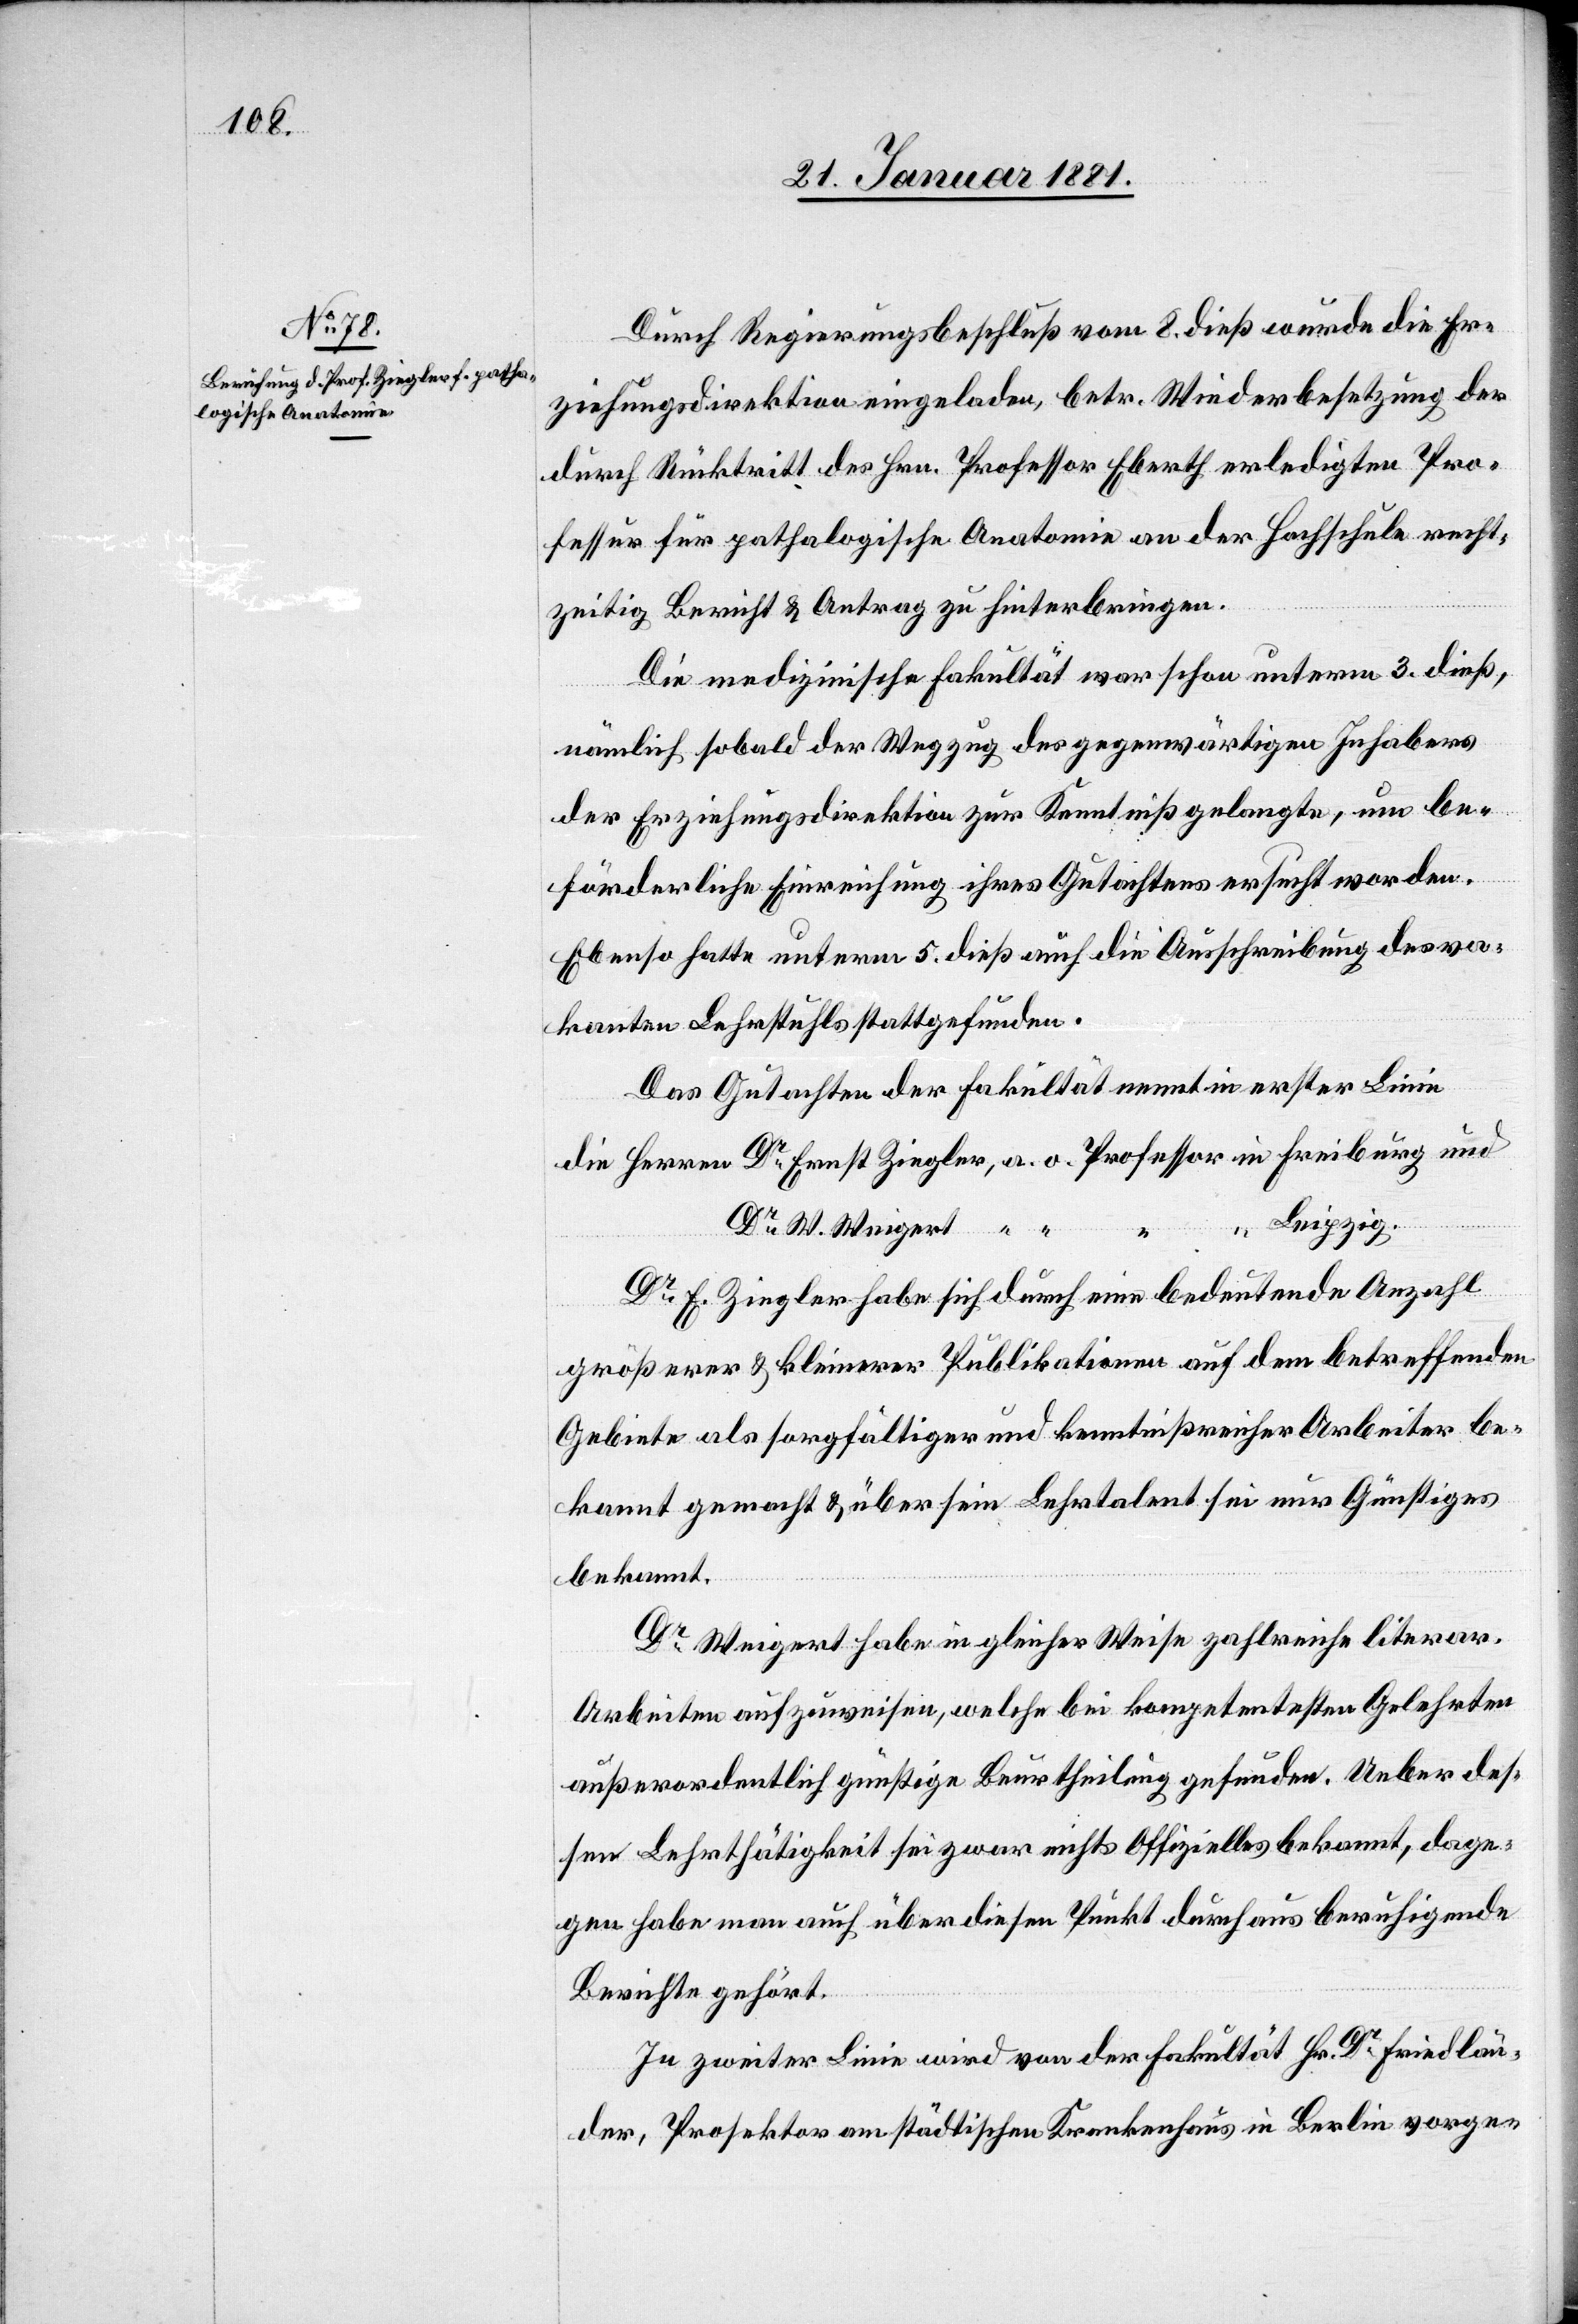
Durch Regierungsbeschluß vom 8. dieß wurde die Er¬
ziehungsdirektion eingeladen, betr. Wiederbesetzung des
durch Rücktritt des Hrn. Professor Eberth erledigten Pro¬
fessur für pathologische Anatomie an der Hochschule recht¬
zeitig Bericht & Antrag zu hinterbringen.
Die medizinische Fakultät war schon unterm 3. dieß,
nämlich sobald der Wegzug des gegenwärtigen Inhabers
der Erziehungsdirektion zur Kenntniß gelangte, um be¬
förderliche Einreichung ihres Gutachtens ersucht worden.
Ebenso hatte unterm 5. dieß auch die Ausschreibung des va¬
kanten Lehrstuhls stattgefunden.
Das Gutachten der Fakultät nennt in erster Linie
gert
Leipzig.
Dr E. Ziegler habe sich durch eine bedeutende Anzahl
größerer & kleinerer Publikationen auf dem betreffenden
Gebiete als sorgfältiger und kenntnißreicher Arbeiter be¬
kannt gemacht & über sein Lehrtalent sei nur Günstiges
bekannt.
Dr Weigert habe in gleicher Weise zahlreiche literar.
Arbeiten aufzuweisen, welche bei kompetentesten Gelehrten
außerordentlich günstige Beurtheilung gefunden. Ueber des¬
sen Lehrthätigkeit sei zwar nichts Offizielles bekannt, dage¬
gen habe man auch über diesen Punkt durchaus beruhigende
Berichte gehört.
In zweiter Linie wird von der Fakultät Hr. Dr Friedlän¬
der, Prosektor [sic!] am städtischen Krankenhaus in Berlin vorge-